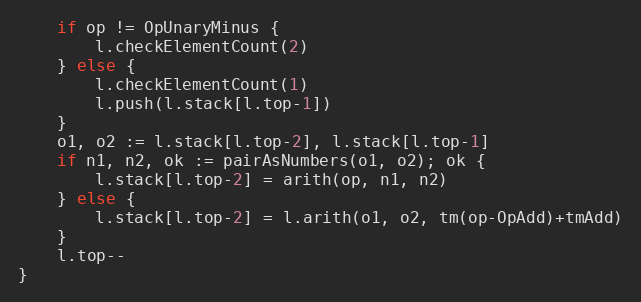
Language: Go
	if op != OpUnaryMinus {
		l.checkElementCount(2)
	} else {
		l.checkElementCount(1)
		l.push(l.stack[l.top-1])
	}
	o1, o2 := l.stack[l.top-2], l.stack[l.top-1]
	if n1, n2, ok := pairAsNumbers(o1, o2); ok {
		l.stack[l.top-2] = arith(op, n1, n2)
	} else {
		l.stack[l.top-2] = l.arith(o1, o2, tm(op-OpAdd)+tmAdd)
	}
	l.top--
}